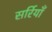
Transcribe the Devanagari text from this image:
सर्रियाँ